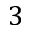
3